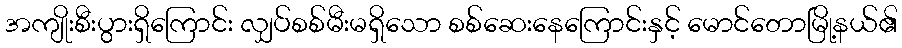
အကျိုးစီးပွားရှိကြောင်း လျှပ်စစ်မီးမရှိသော စစ်ဆေးနေကြောင်းနှင့် မောင်တောမြို့နယ်၏